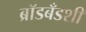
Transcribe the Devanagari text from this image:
ब्रॉडबँडशी